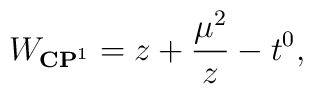
W_{{\bf CP}^{1}}=z+{\mu^{2}\over z}-t^{0},